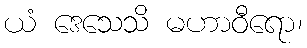
ယံ ဒေသေသိ မဟာဝီရော၊